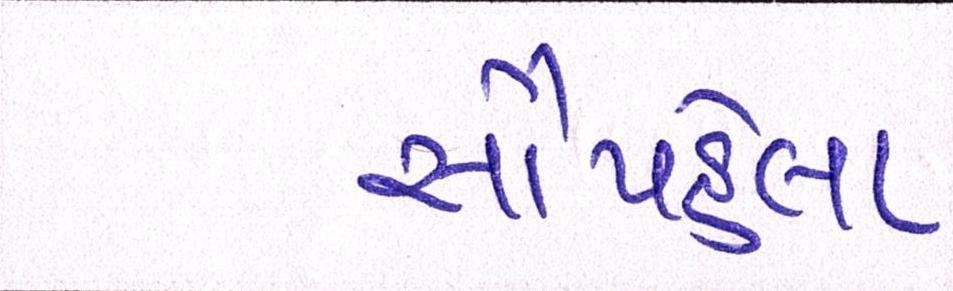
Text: સૌપહેલા